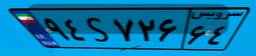
۰۲S۰۹۵۴۰